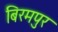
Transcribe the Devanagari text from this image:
बिरमपुर